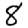
Digit: 8